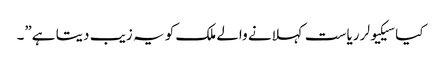
کیا سیکیولر ریاست کہلانے والے ملک کو یہ زیب دیتا ہے”۔